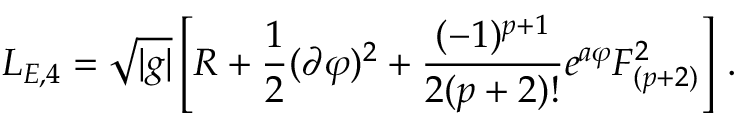
{ \cal L } _ { E , 4 } = \sqrt { | g | } \left[ R + { \frac { 1 } { 2 } } ( \partial \varphi ) ^ { 2 } + { \frac { ( - 1 ) ^ { p + 1 } } { 2 ( p + 2 ) ! } } e ^ { a \varphi } F _ { ( p + 2 ) } ^ { 2 } \right] \, .